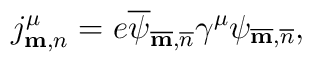
j^\mu_{{\bf m},n}=e\overline\psi_{\overline{\bf m},\overline{n}}\gamma^\mu\psi_{\overline{\bf m},\overline{n}},